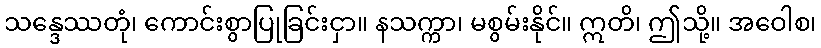
သန္ဒေဿတုံ၊ ကောင်းစွာပြုခြင်းငှာ။ နသက္ကာ၊ မစွမ်းနိုင်။ ဣတိ၊ ဤသို့။ အဝေါစ၊